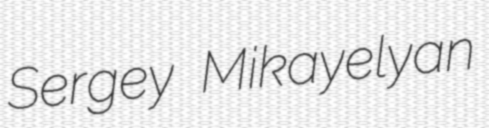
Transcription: Sergey Mikayelyan